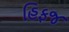
હિફજ